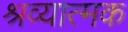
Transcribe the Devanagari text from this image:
श्रव्यात्मक